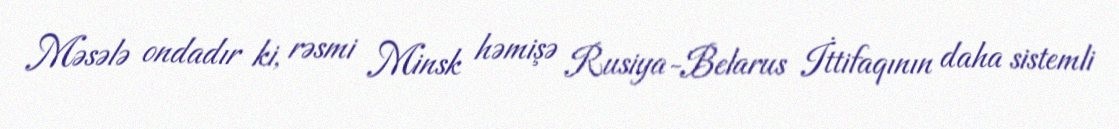
Məsələ ondadır ki, rəsmi Minsk həmişə Rusiya-Belarus İttifaqının daha sistemli